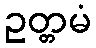
ဥတ္တမံ